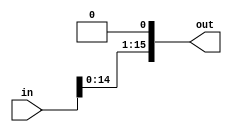
module ShiftLeft1(in, out);

input [15:0] in;
output [15:0] out;

assign out = in << 1;

endmodule